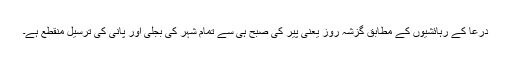
درعا کے رہائشیوں کے مطابق گزشہ روز یعنی پیر کی صبح ہی سے تمام شہر کی بجلی اور پانی کی ترسیل منقطع ہے۔